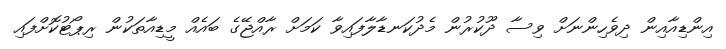
އިންޑިއާާއިން ދިވެހިންނަށް ވިސާ ދޫކުރުން މެދުކަނޑާލާފައިވާ ކަމަށް ރާއްޖޭގެ ބައެއް މީޑިއާތަކުން ރިޕޯޓުކޮށްފައި